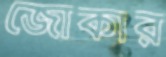
জোকার